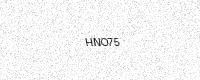
Text: HNO75